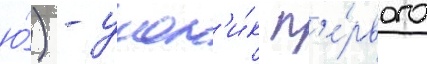
ю́) - учен'и́к п'е́рвого